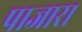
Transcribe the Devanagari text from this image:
पाजारा